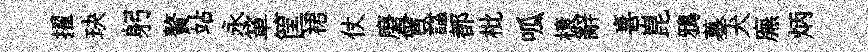
擢玦躬贅站永箪筐裙仗磨曾諡都枇呱榱辭喜崑鴉墓犬廡炳